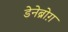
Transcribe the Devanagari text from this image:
डेनेब्रोग़